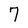
Character: 7